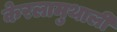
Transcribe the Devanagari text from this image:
केरलामुथाली